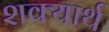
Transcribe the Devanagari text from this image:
शक्यार्थ